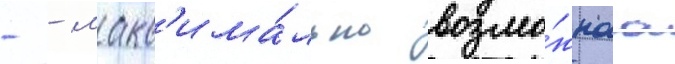
- - макс'има́льно возмо́жнаа